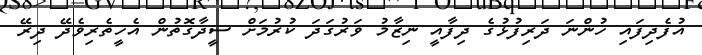
އުފެދިފައި ހުންނަ ދަރިފުޅުގެ ދިފާއީ ނިޒާމު ވަރުގަދަ ކުރުމަށް ސީދާގޮތުން އެހީތެރިވެދޭ ދިރޭ